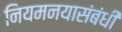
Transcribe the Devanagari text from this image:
नियमनयासंबंधी